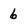
Character: 6